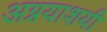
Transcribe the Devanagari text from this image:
अग्नयाशयी